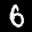
Label: 6